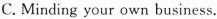
C. Minding your own business.